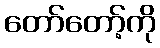
တော်တော့်ကို